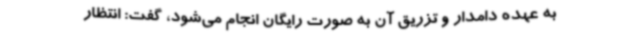
به عهده دامدار و تزریق آن به صورت رایگان انجام می‌شود، گفت: انتظار